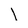
Character: I